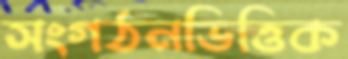
সংগঠনভিত্তিক